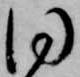
同